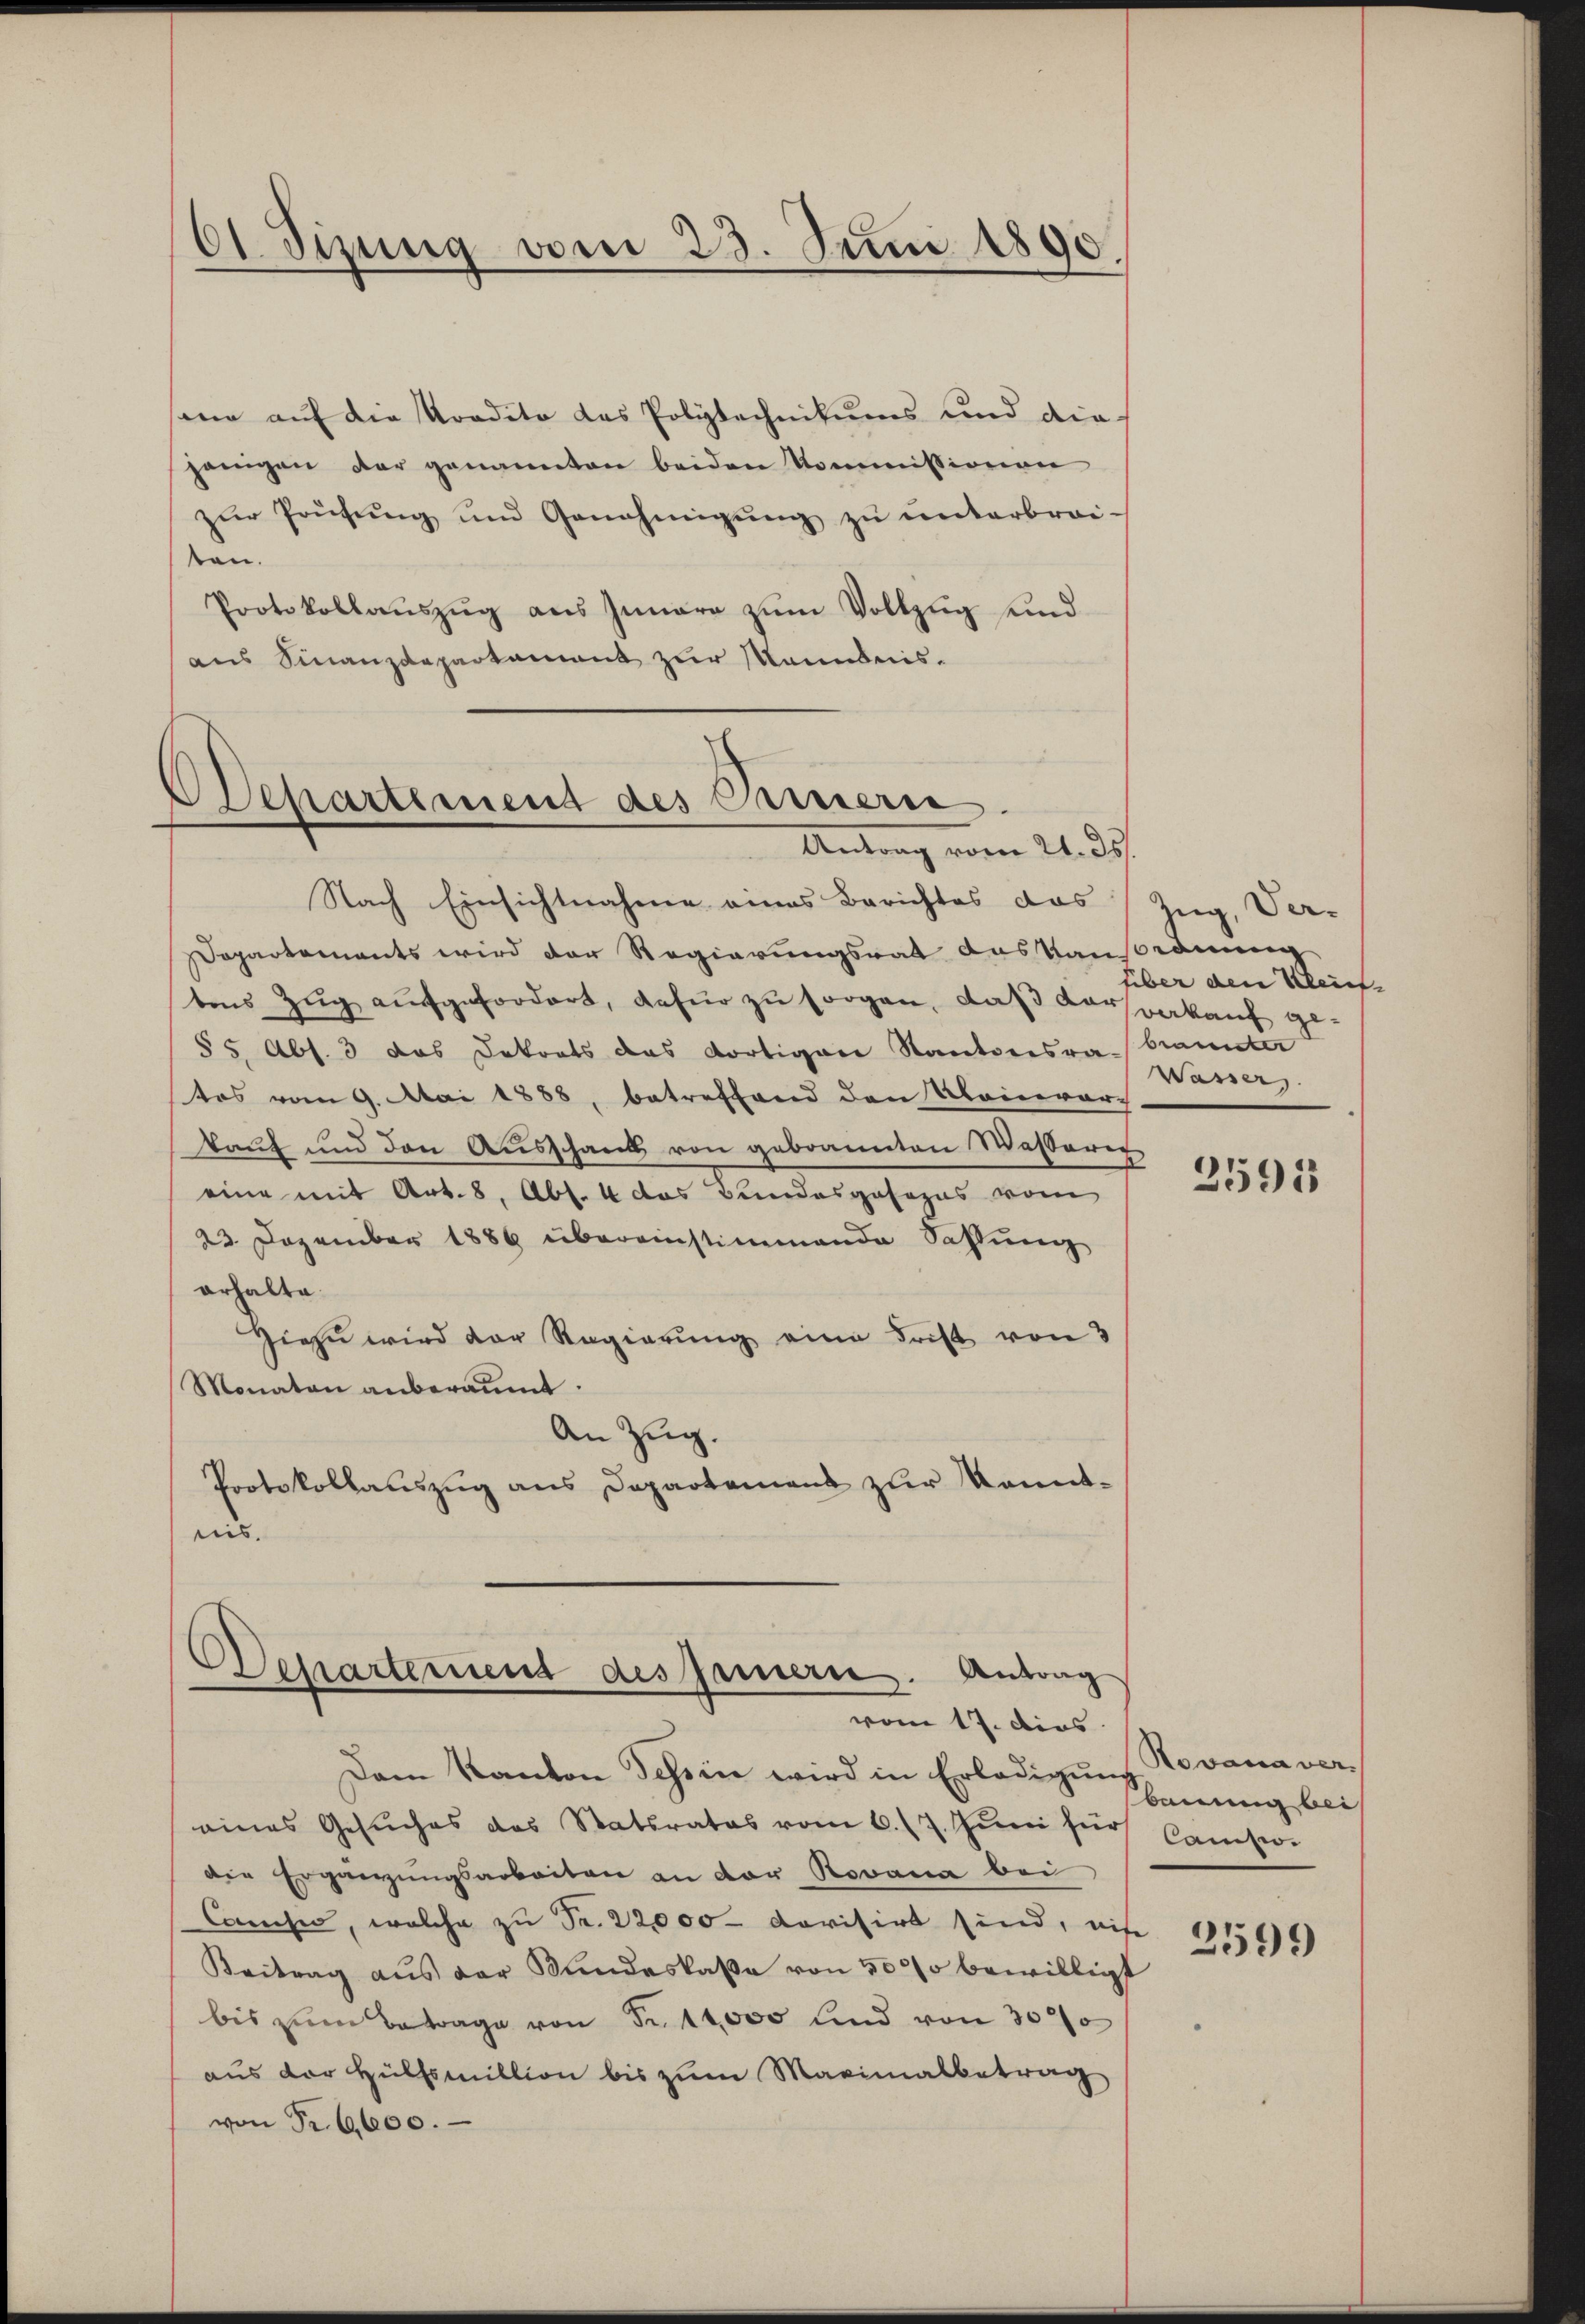
61 Sizung vom 23. Juni 1890.

ane auf die Kredito das Polytechnikums und die
jenigen der genannten beiden Kommissionen
zŭr Prüfŭng und Genehmigŭng zŭ ŭnterbrei-
ten.
Protokollauszug aus Innere zum Vollzug und
aus Finanzdepartament zur Manntnis¬

Departement des Carnern.
Antrag vom 21. ds.

Nach Einsichtnahme eines Berichtes das
Departements wird der Regierungsrat des Kausamme
tens Zŭg aŭfgefordert, dafür zu sorgen, daß Korsrakauf ge¬
§ 5 Abs. 3 das Dekrets das dortiger Kantonsra- brannter
tos vom 9. Mai 1888, betreffend den Kleinerar-
kauf und den Ausschaus von gebrannten Wasserer
eine mit Art. 8, Abs. 4 das Bundesgesezes vom
23. Dezember 1886 übereinstimmende Sassung
erhalte.
Hiezu wird der Regierung eine Frist von 3
Monaten anberaumt.
An Zug.
Protokollauszug aus Departamens zur konnt-
nis.

Departement des Jammern. Antrag
vom 17. dies

Zug, Verhiber den Klein-
Wassers.

Dem Kanton Tessin wird in Erledigung Devana vereines Gesuches des Statsrates vom 6. 17. Juni für
die Ergänzungsarbeiten an der Rovana bei
Canches, welche zu Fr. 22,000 dovisirt sind, nis
Beitrag aŭs der Mundeskassa von 5000 bewilligt
bis zŭm Betrage von Fr. 11000 und von 30%
aus der Hülfsmillion bis zum Maximalbetrag
d
von Fr. 6000.

2595

bauung bei
Camswo.

2599)